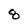
Character: 8